Indian journal of veterinary science and animal husbandry - Volumes 18-21, 1948-1951
Year: 1948
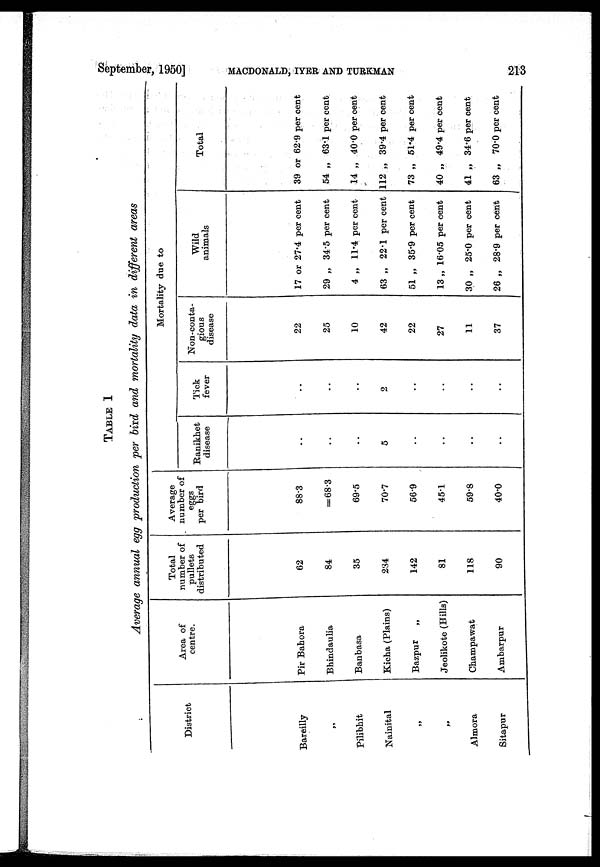
September, 1950]
MACDONALD,
IYER
AND
TURKMAN
213
TABLE I
Average annual egg production per bird and mortality data in different areas
District
Bareilly
„
Pilibhit
Nainital
„
„
Almora
Sitapur
Area of
centre.
Pir Bahora
Bhindaulia
Banbasa
Kicha (Plains)
Bazpur
„
Jeolikote (Hills)
Champawat
Ambarpur
Total
number of
pullets
distributed
62
84
35
234
142
81
118
90
Average
number of
eggs
per bird
88.3
=68.3
69.5
70.7
56.9
45.1
59.8
40.0
Mortality due to
Ranikhet
disease
..
..
..
5
..
..
..
..
Tick
fever
..
..
..
2
..
..
..
..
Non-conta-
gious
disease
22
25
10
42
22
27
11
37
Wild
animals
17 or 27.4 per cent
29 „ 34.5 per cent
4 „ 11.4 per cent
63 „ 22.1 per cent
51 „ 35.9 per cent
13 „ 16.05 per cent
30 „ 25.0 per cent
26 „ 28.9 per cent
Total
39 or 62.9 per cent
54 „ 63.1 per cent
14 „ 40.0 per cent
112 „ 39.4 per cent
73 „ 51.4 per cent
40 „ 49.4 per cent
41 „ 34.6 per cent
63 „ 70.0 per cent